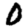
Digit: 0